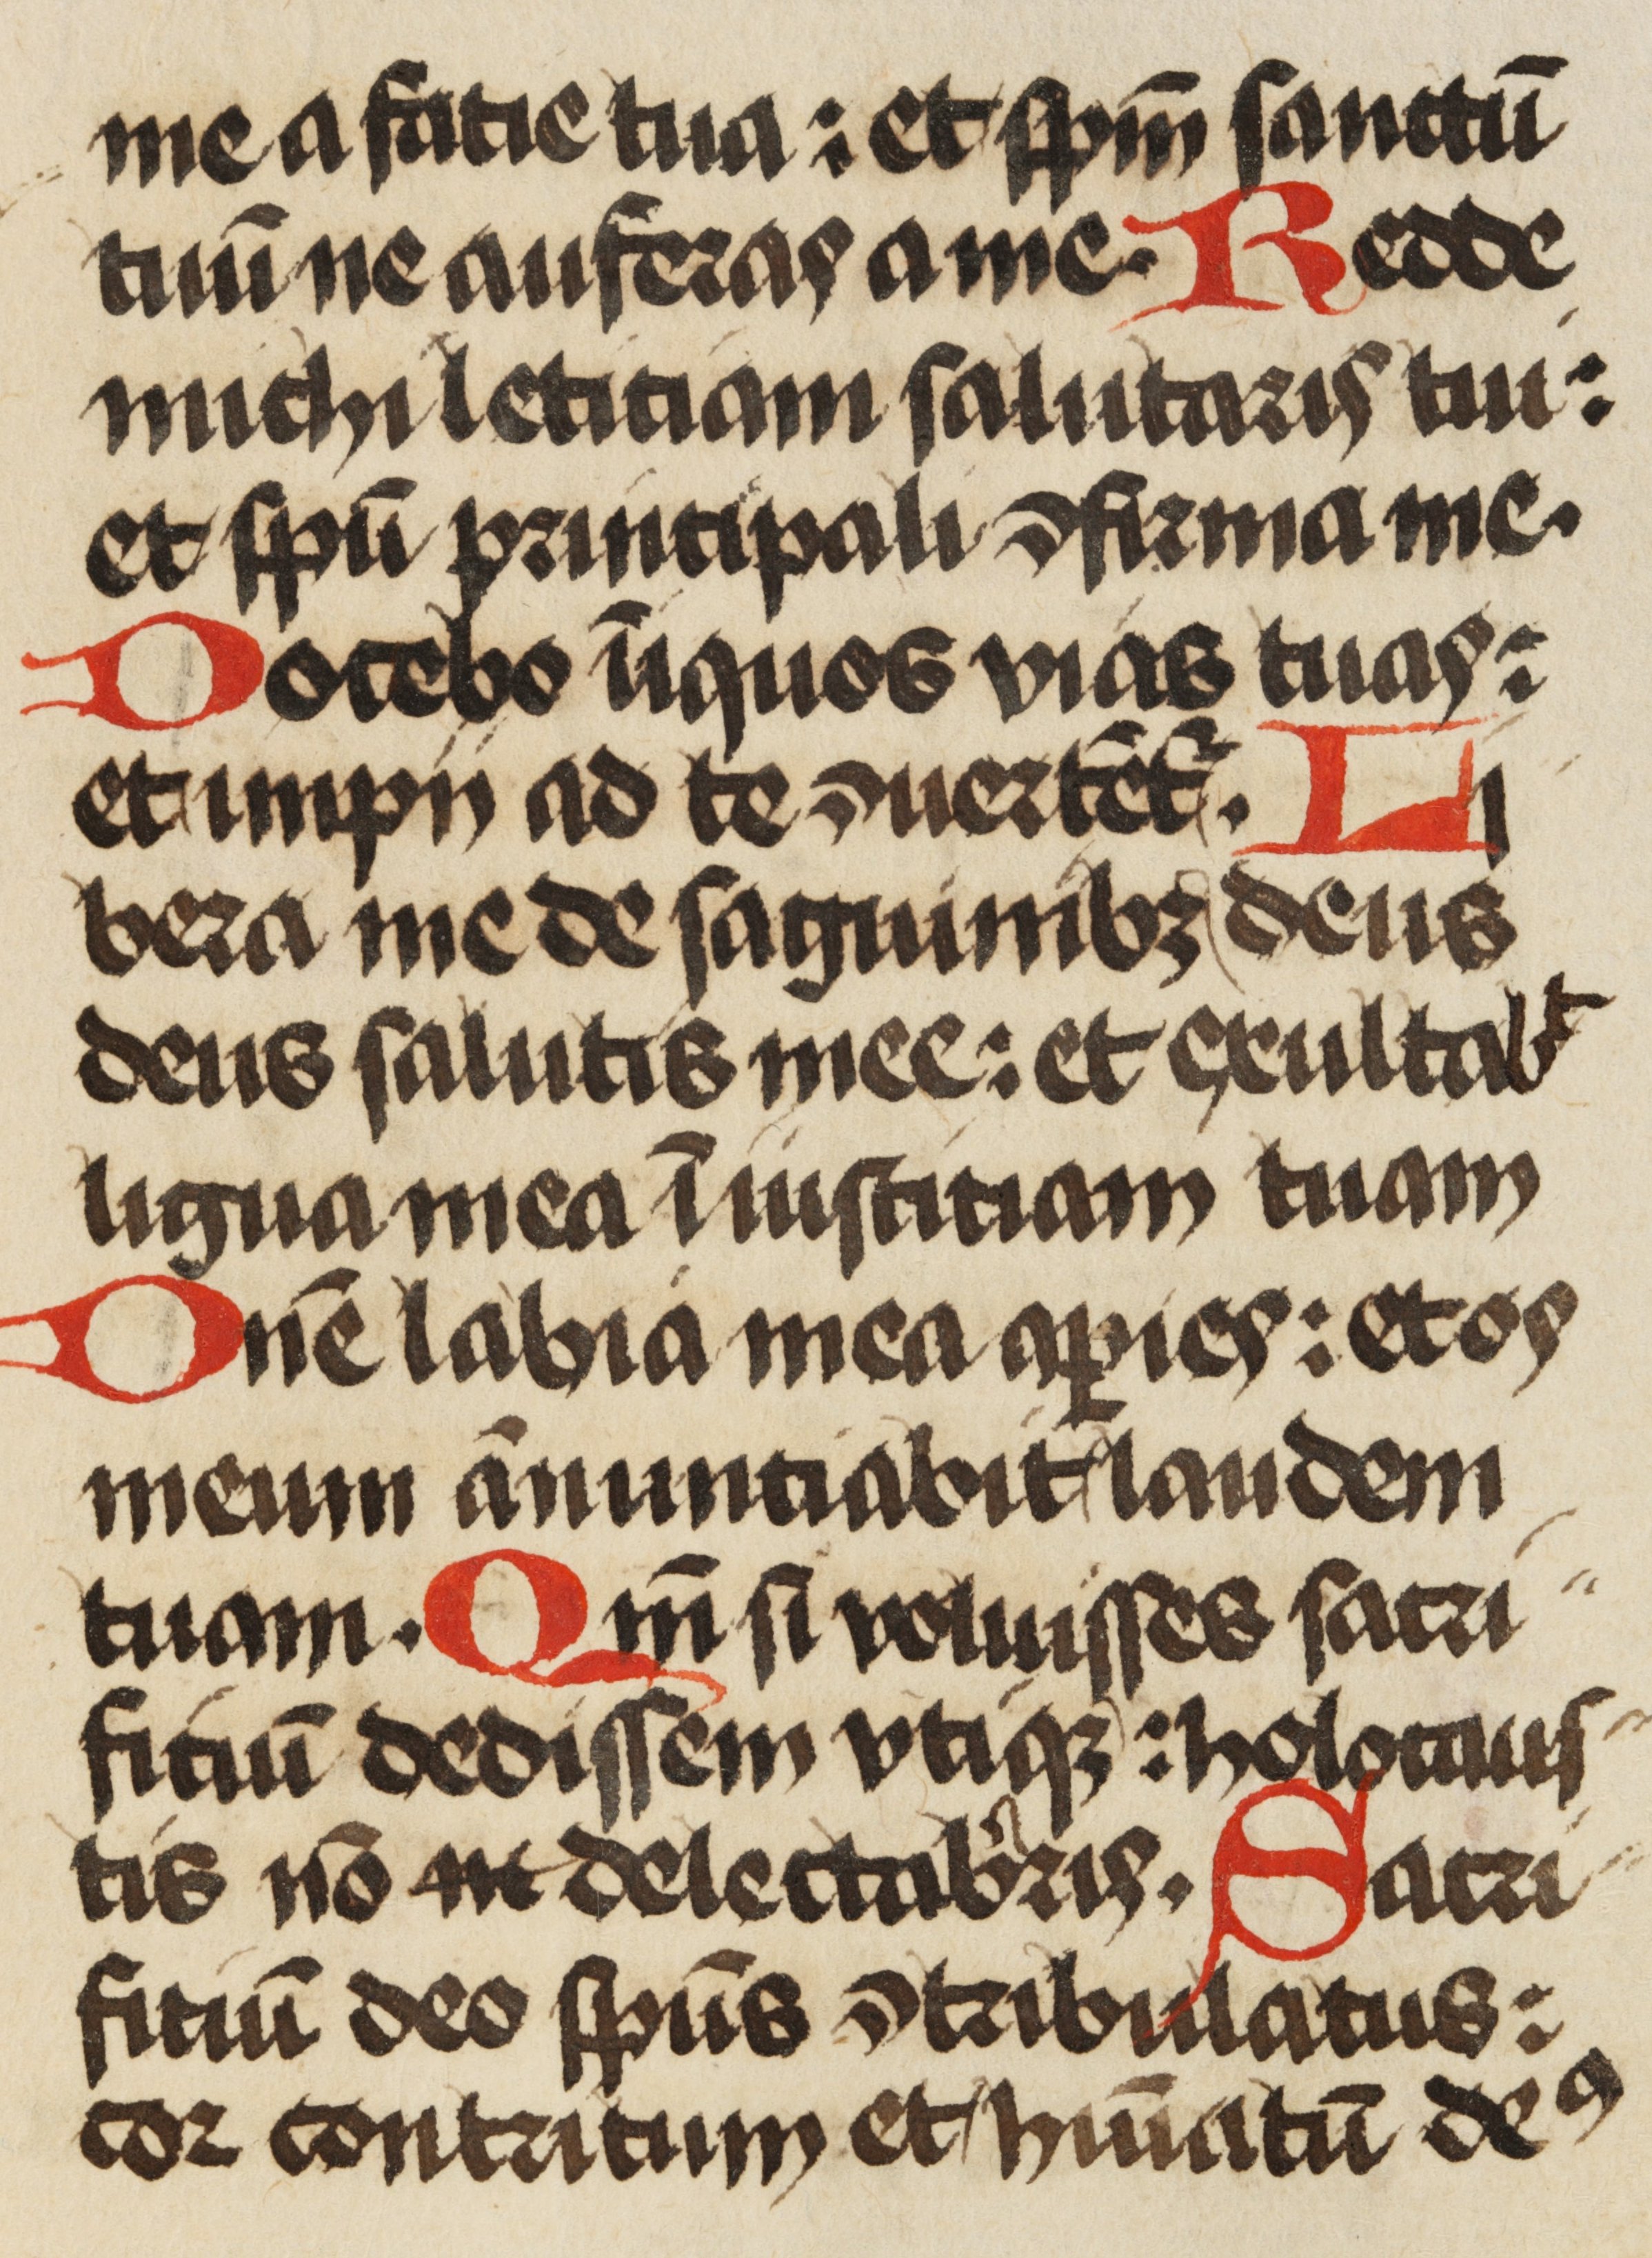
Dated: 1471–1471